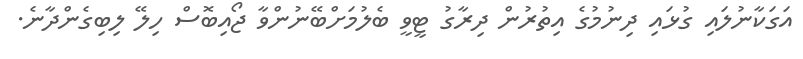
އަގަކާނުލައި ގުޅައި ދިނުމުގެ އިތުރުން ދިރާގު ޓީވީ ބެލުމަށްބޭނުންވާ ޖޯއިބޮސް ހިލޭ ލިބިގެންދާނެ.